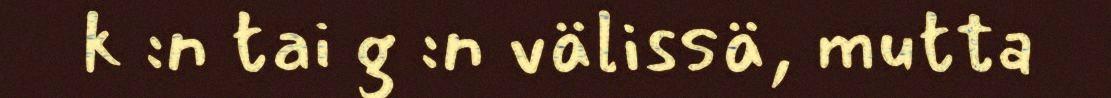
k :n tai g :n välissä, mutta